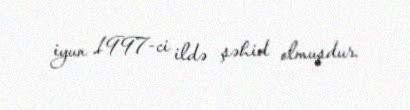
iyun 1997-ci ildə şəhid olmuşdur.